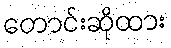
တောင်းဆိုထား